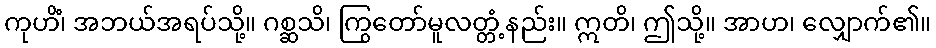
ကုဟိံ၊ အဘယ်အရပ်သို့။ ဂစ္ဆသိ၊ ကြွတော်မူလတ္တံ့နည်း။ ဣတိ၊ ဤသို့။ အာဟ၊ လျှောက်၏။